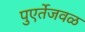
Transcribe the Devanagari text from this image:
पुएर्तेजवळ